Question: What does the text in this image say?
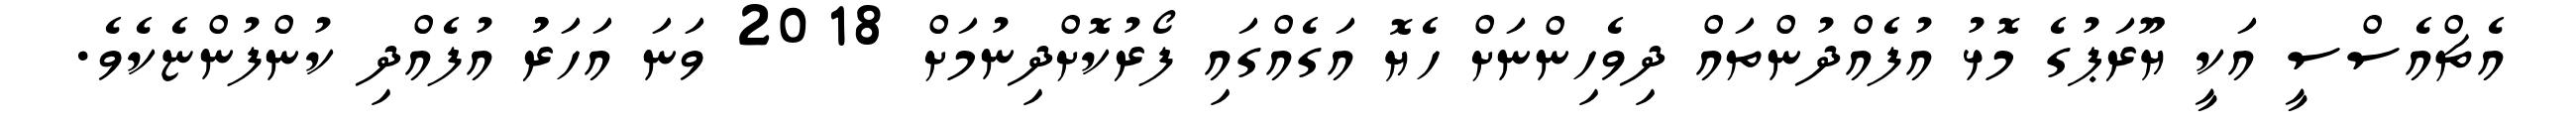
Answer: އެޗްއެސްސީ އަކީ ޔޫރަޕުގެ މޮޅު އުފެއްދުންތައް ދިވެހިންނަށް ހެޔޮ އަގެއްގައި ފޯރުކޮށްދިނުމަށް 2018 ވަނަ އަހަރުު އުފެއްދި ކުންފުންޏެކެވެ.